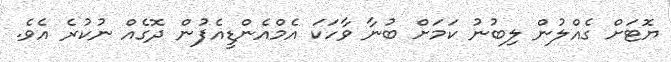
ޔޮޓަށް ގެއްލުން ލިބުނު ކަމަށް ބުނާ ވާހަކަ އެމްއެންޑީއެފުން ދޮގެއް ނުކުރެ އެވެ.